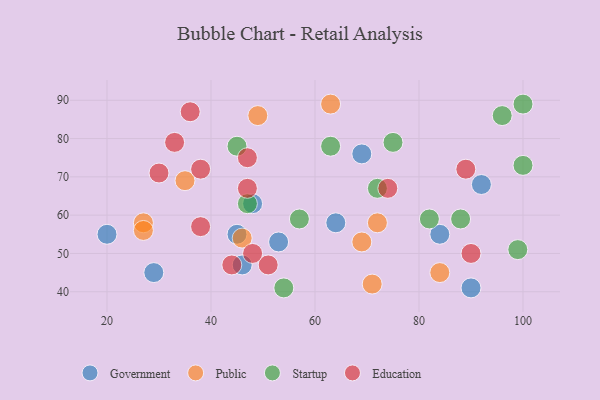
{"axis": {"x": "GDP", "y": "Life Expectancy"}, "legend": ["Education", "Government", "Public", "Startup"], "data": [{"x": "84", "y": 55, "type": "Government"}, {"x": "29", "y": 45, "type": "Government"}, {"x": "90", "y": 41, "type": "Government"}, {"x": "64", "y": 58, "type": "Government"}, {"x": "20", "y": 55, "type": "Government"}, {"x": "69", "y": 76, "type": "Government"}, {"x": "45", "y": 55, "type": "Government"}, {"x": "53", "y": 53, "type": "Government"}, {"x": "46", "y": 47, "type": "Government"}, {"x": "48", "y": 63, "type": "Government"}, {"x": "92", "y": 68, "type": "Government"}, {"x": "71", "y": 42, "type": "Public"}, {"x": "49", "y": 86, "type": "Public"}, {"x": "69", "y": 53, "type": "Public"}, {"x": "63", "y": 89, "type": "Public"}, {"x": "27", "y": 58, "type": "Public"}, {"x": "35", "y": 69, "type": "Public"}, {"x": "46", "y": 54, "type": "Public"}, {"x": "72", "y": 58, "type": "Public"}, {"x": "27", "y": 56, "type": "Public"}, {"x": "84", "y": 45, "type": "Public"}, {"x": "63", "y": 78, "type": "Startup"}, {"x": "45", "y": 78, "type": "Startup"}, {"x": "96", "y": 86, "type": "Startup"}, {"x": "88", "y": 59, "type": "Startup"}, {"x": "99", "y": 51, "type": "Startup"}, {"x": "57", "y": 59, "type": "Startup"}, {"x": "100", "y": 73, "type": "Startup"}, {"x": "100", "y": 89, "type": "Startup"}, {"x": "82", "y": 59, "type": "Startup"}, {"x": "72", "y": 67, "type": "Startup"}, {"x": "54", "y": 41, "type": "Startup"}, {"x": "47", "y": 63, "type": "Startup"}, {"x": "75", "y": 79, "type": "Startup"}, {"x": "44", "y": 47, "type": "Education"}, {"x": "89", "y": 72, "type": "Education"}, {"x": "51", "y": 47, "type": "Education"}, {"x": "38", "y": 72, "type": "Education"}, {"x": "90", "y": 50, "type": "Education"}, {"x": "48", "y": 50, "type": "Education"}, {"x": "47", "y": 67, "type": "Education"}, {"x": "38", "y": 57, "type": "Education"}, {"x": "30", "y": 71, "type": "Education"}, {"x": "33", "y": 79, "type": "Education"}, {"x": "36", "y": 87, "type": "Education"}, {"x": "47", "y": 75, "type": "Education"}, {"x": "74", "y": 67, "type": "Education"}]}